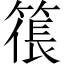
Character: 𥱭